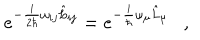
e ^ { - \frac { i } { 2 \hbar } \omega _ { i j } \hat { L } _ { i j } } = e ^ { - \frac { i } { \hbar } \omega _ { \mu } \hat { L } _ { \mu } } \ \ \ ,